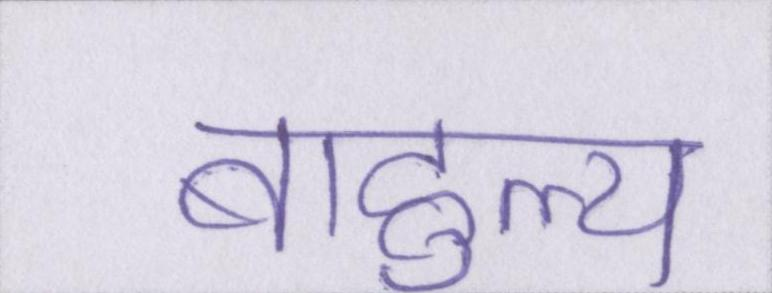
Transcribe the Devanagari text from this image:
बाहुल्य